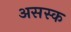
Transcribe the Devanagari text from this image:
असस्क